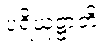
ပရိယုဋ္ဌာတိ